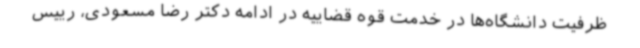
ظرفیت دانشگاه‌ها در خدمت قوه قضاییه در ادامه دکتر رضا مسعودی، رییس